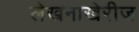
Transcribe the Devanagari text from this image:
लेखनाखेरीज